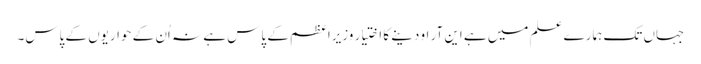
جہاں تک ہمارے علم میں ہے این آر او دینے کا اختیار وزیرِاعظم کے پاس ہے نہ اُن کے حواریوں کے پاس۔